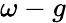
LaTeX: \omega-g